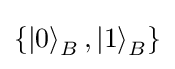
\{\left|0\right\rangle _{B},\left|1\right\rangle _{B}\}